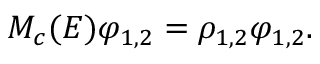
M _ { c } ( E ) \varphi _ { 1 , 2 } = \rho _ { 1 , 2 } \varphi _ { 1 , 2 } .